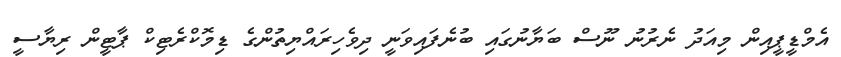
އެމްޑީޕީއިން މިއަދު ނެރުނު ނޫސް ބަޔާނުުގައި ބުނެފައިވަނީ ދިވެހިރައްޔިތުންގެ ޑިމޮކްރެޓިކް ޕާޓީން ރިޔާސީ